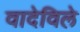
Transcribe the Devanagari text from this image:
वादेविले